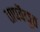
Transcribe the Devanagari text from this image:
तापवैद्युत